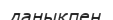
даңықпен